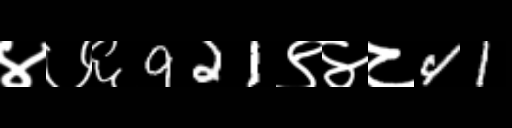
Text: ४७६921९४८41